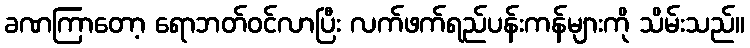
ခဏကြာတော့ ရောဘတ်ဝင်လာပြီး လက်ဖက်ရည်ပန်းကန်များကို သိမ်းသည်။